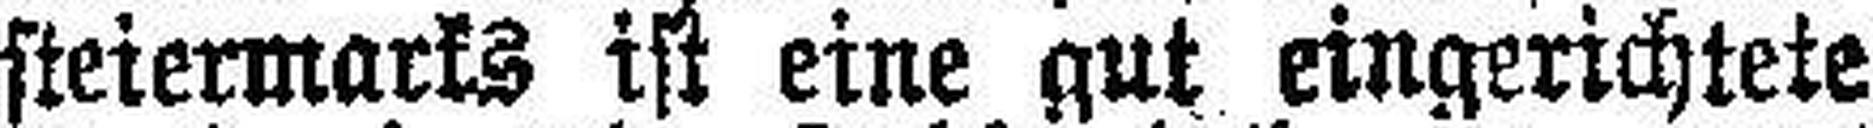
steiermarks ist eine gut eingerichtete